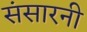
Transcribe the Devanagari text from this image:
संसारनी